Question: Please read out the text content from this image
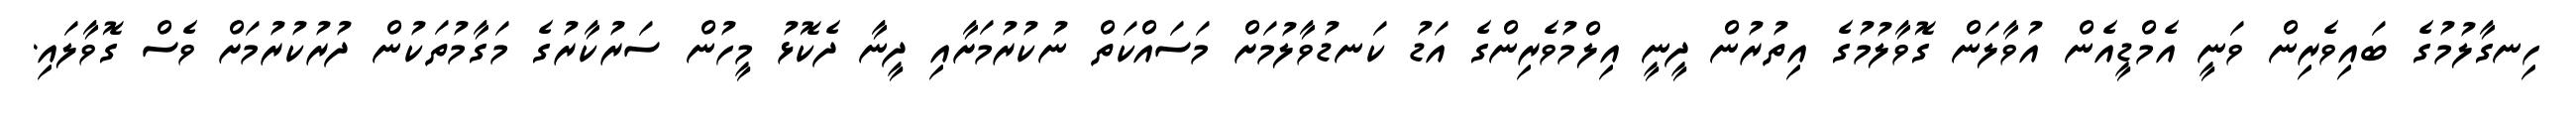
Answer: ހިނގާލުމުގެ ބައިވެރިން ވަނީ އެމްޑީއެން އުވާލަން ގޮވާލުމުގެ އިތުރުން ދީނީ އިލްމުވެރިންގެ އަޑު ކަނޑުވާލުމަށް މަސައްކަތް ނުކުރުމަށާއި ދީނާ ދެކޮޅު މީހުން ސަރުކާރުގެ މަގާމުތަކުން ދުރުކުރުމަށް ވެސް ގޮވާލައި.